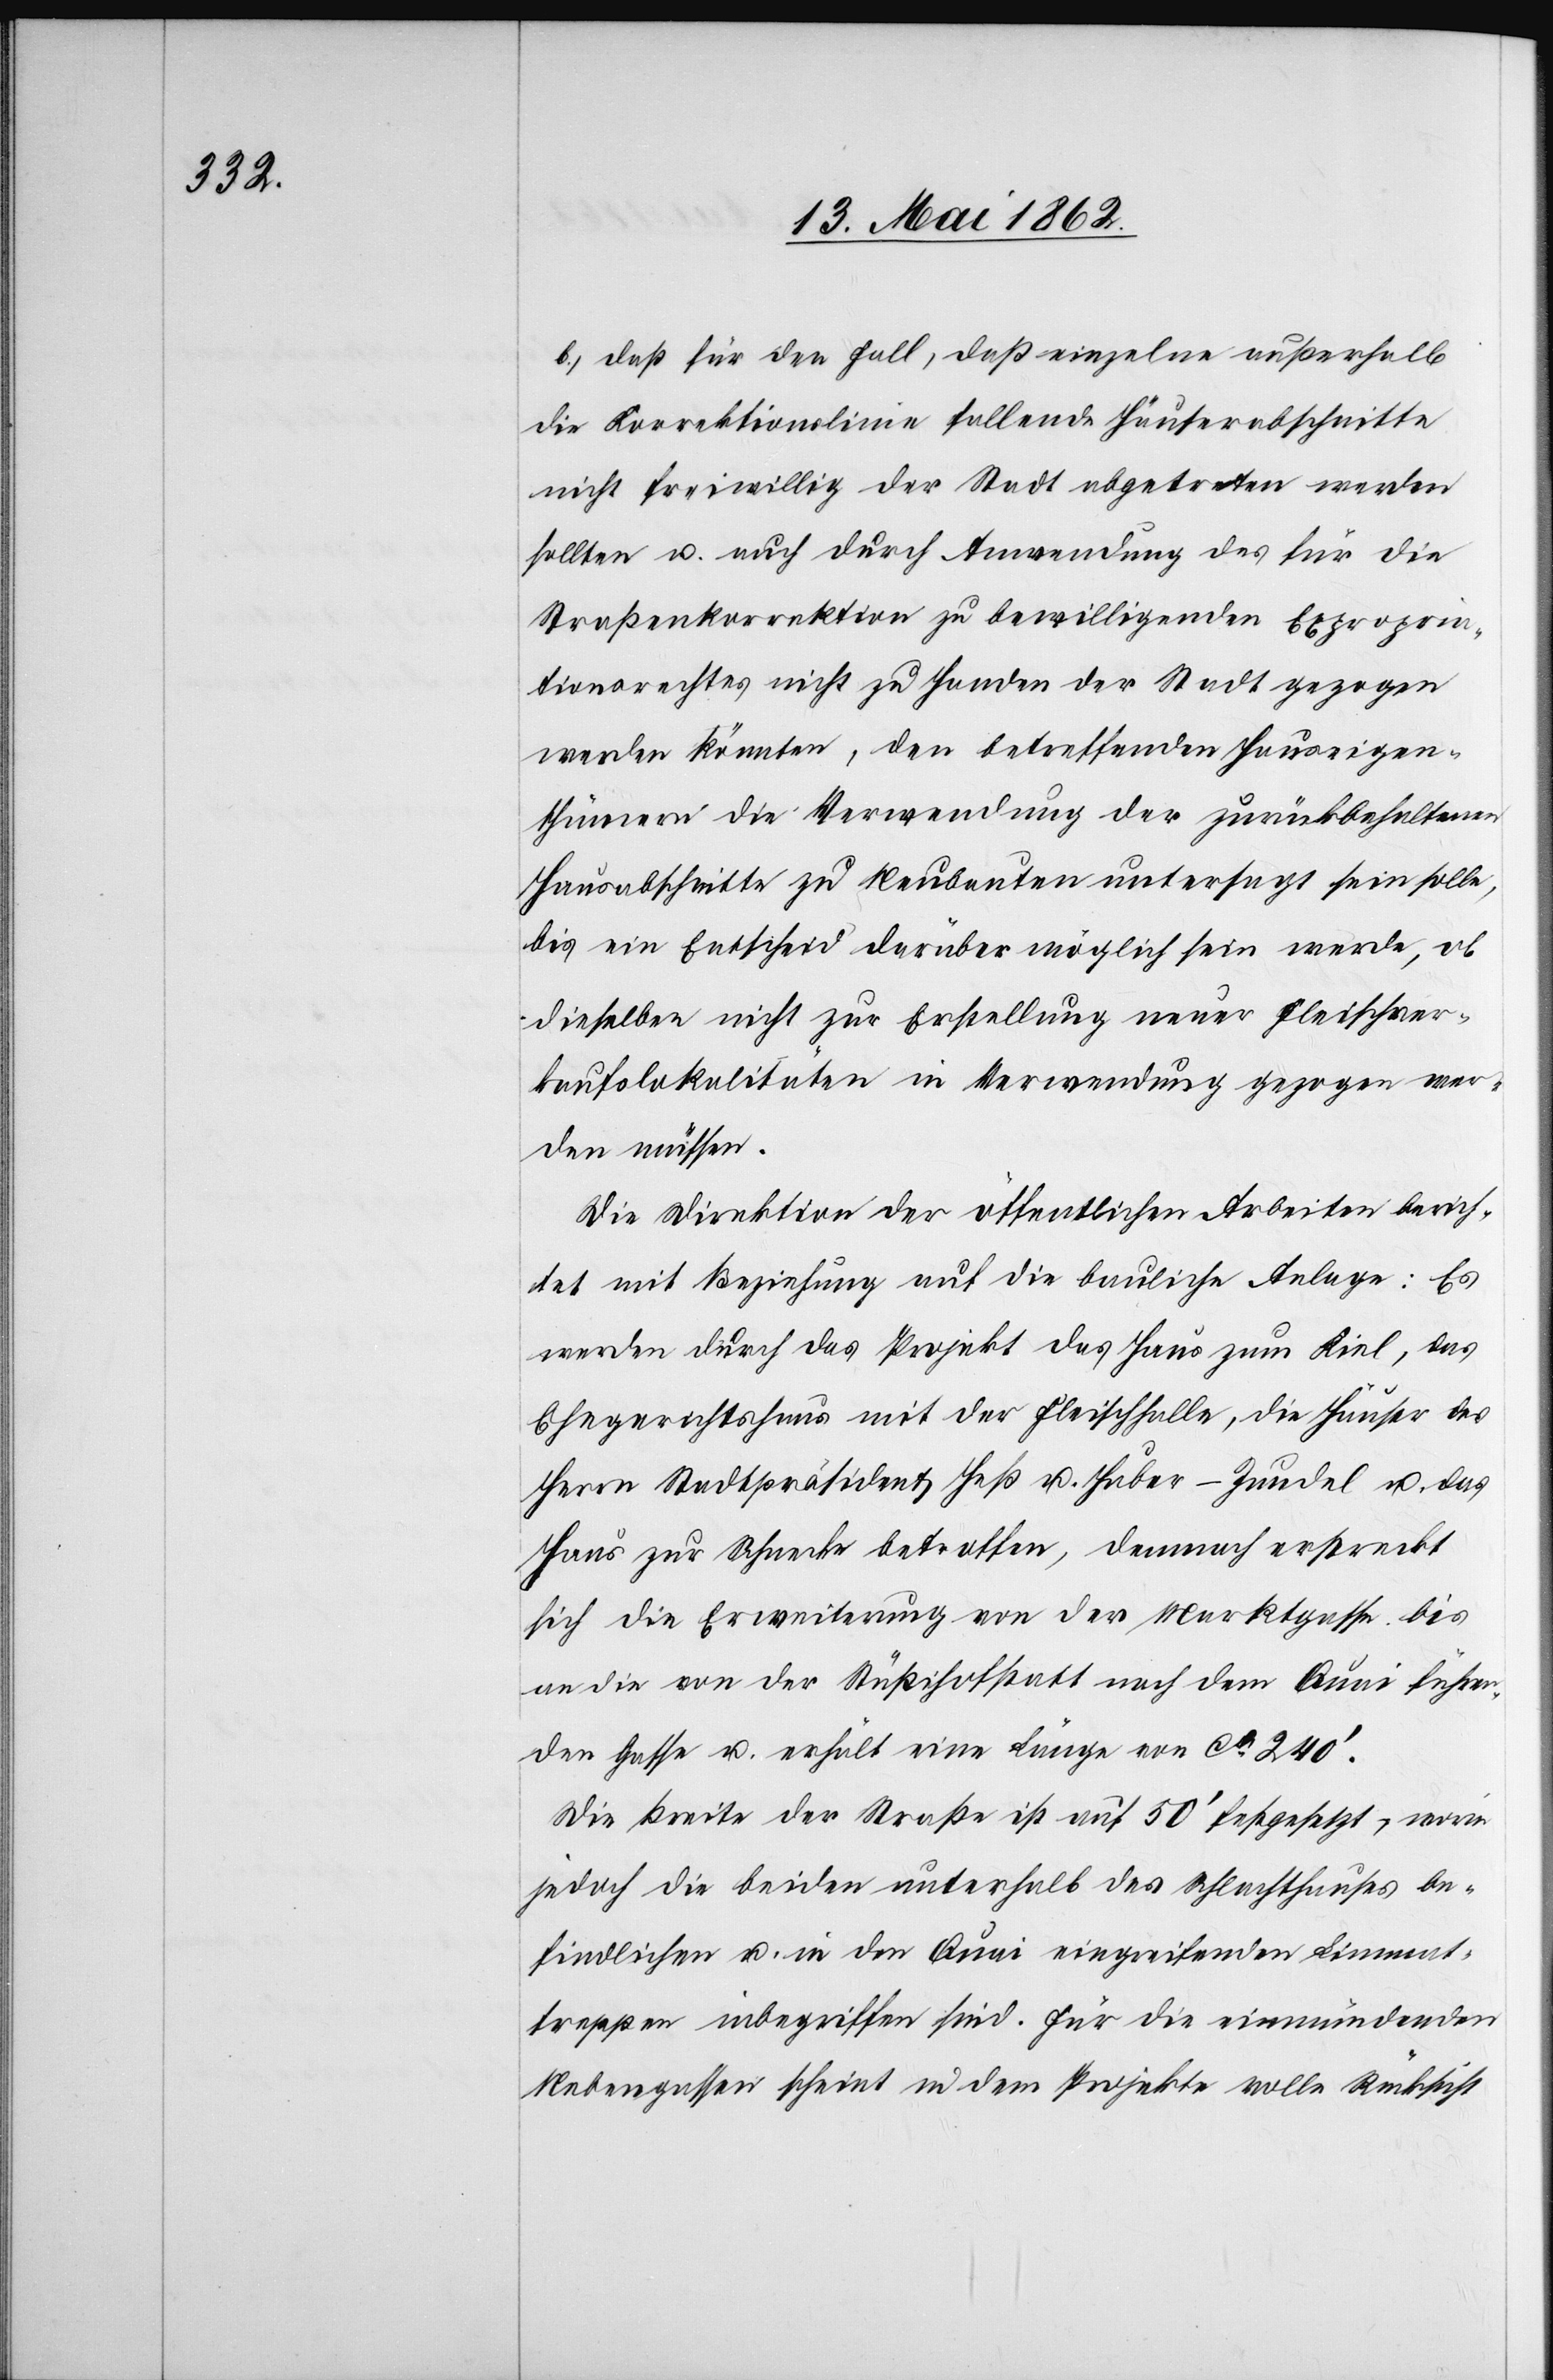
b. daß für den Fall, daß einzelne außerhalb
die Korrektionslinie fallende Häuserabschnitte
nicht freiwillig der Stadt abgetreten werden
sollten u. auch durch Anwendung des für die
Straßenkorrektion zu bewilligenden Expropria¬
tionsrechtes nicht zu Handen der Stadt gezogen
werden könnten, den betreffenden Hauseigen¬
thümern die Verwendung der zurückbehaltenen
Hausabschnitte zu Neubauten untersagt sein solle,
bis ein Entscheid darüber möglich sein werde, ob
dieselben nicht zur Erstellung neuer Fleischver¬
kaufslokalitäten in Verwendung gezogen wer¬
den müssen.
Die Direktion der öffentlichen Arbeiten berich¬
tet mit Beziehung auf die bauliche Anlage: Es
werden durch das Projekt das Haus zum Keil, das
Ehegerichtshaus mit der Fleischhalle, die Häuser der
Herrn Stadtpräsident Heß u. Huber–Zundel u. das
Haus zur Schnecke betroffen, demnach erstreckt
sich die Erweiterung von der Marktgasse bis
an die von der Stüßihofstatt nach dem Quai führen¬
den Gasse u. erhält eine Länge von ca. 240’.
Die Breite der Straße ist auf 50’ festgesetzt, worin
jedoch die beiden unterhalb des Schlachthauses be¬
findlichen u. in den Quai eingreifenden Limmat¬
treppen inbegriffen sind. Für die einmündenden
Nebengassen scheint in dem Projekte volle Rücksicht